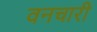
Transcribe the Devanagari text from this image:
वनचारी